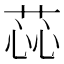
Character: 𫈝